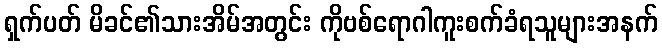
ရှက်ပတ် မိခင်၏သားအိမ်အတွင်း ကိုဗစ်ရောဂါကူးစက်ခံရသူများအနက်